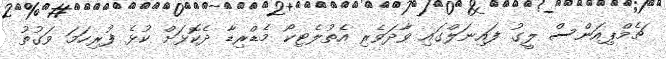
ޗެމްޕިއަންސް ލީގު ފައިނަލްގައި ވާދަަވެރި އެތުލެޓިކޯ މެޑްރިޑާ ދެކޮޅަށް ކުޅެ ފުރިހަމަ ވަގުތު